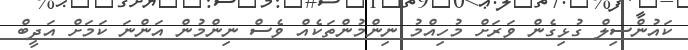
ކައުންސިލް ގުޅިގެން ވަރަށް މުހިއްމު ނިންމުންތަކެއް ވެސް ނިންމުން އަންނަ ކަމަށް އަދީބް